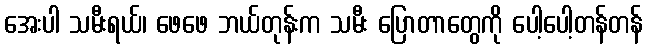
အေးပါ သမီးရယ်၊ ဖေဖေ ဘယ်တုန်းက သမီး ပြောတာတွေကို ပေါ့ပေါ့တန်တန်